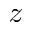
z